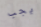
يجب